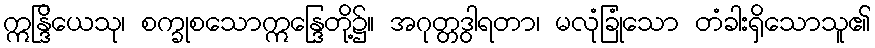
ဣန္ဒြိယေသု၊ စက္ခုစသောဣန္ဒြေတို့၌။ အဂုတ္တဒွါရတာ၊ မလုံခြုံသော တံခါးရှိသောသူ၏